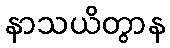
နာသယိတွာန